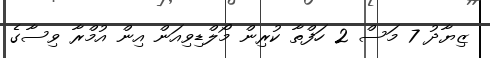
ޒިޔާދު 7 މަސް 2 ހަފްތާ ކުރިން މޯލްޑިވިއަން އިން އުމްރާ ވިސާގެ